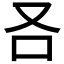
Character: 𠮢